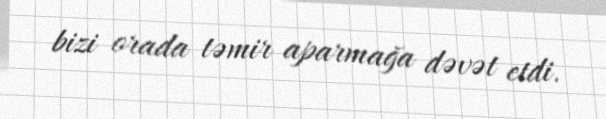
bizi orada təmir aparmağa dəvət etdi.